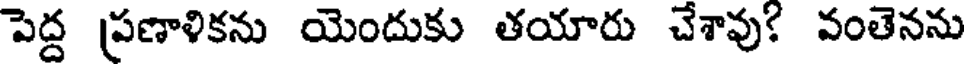
పెద్ద ప్రణాళికను యెందుకు తయారు చేశావు! వంతెనను